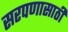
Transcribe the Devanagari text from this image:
सरपणासाठी